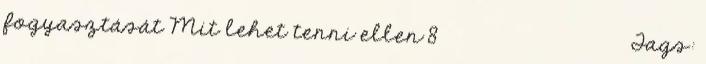
fogyasztását Mit lehet tenni ellen 8 كانون الأول ديسمبردTags: